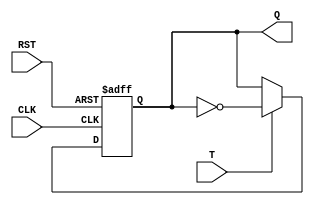
module t_flipflop (
    input T,
    input CLK,
    input RST,
    output reg Q
);

always @(posedge CLK or posedge RST) begin
    if (RST) begin
        Q <= 1'b0;
    end else if (T) begin
        Q <= ~Q;
    end
end

endmodule